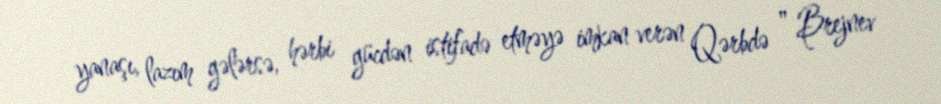
yanaşı, lazım gələrsə, hərbi gücdən istifadə etməyə imkan verən Qərbdə " Brejnev